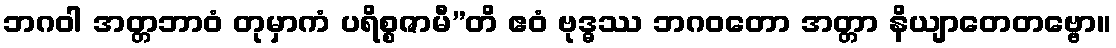
ဘဂဝါ အတ္တဘာဝံ တုမှာကံ ပရိစ္စဇာမီ”တိ ဧဝံ ဗုဒ္ဓဿ ဘဂဝတော အတ္တာ နိယျာတေတဗ္ဗော။